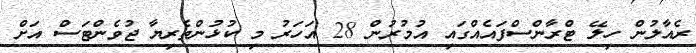
ރެއާލުން ހިލޭ ޓްރާންސްފައެއްގައި އުމުރުން 28 އަހަރު މި ކުޅުންތެރިޔާ ޖުވެންޓަސް އަށް